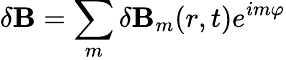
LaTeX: \mathbf{\delta B}=\sum_{m}\delta\mathbf{B}_{m}(r,t)e^{im\varphi}